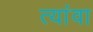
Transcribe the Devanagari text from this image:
त्यांवा